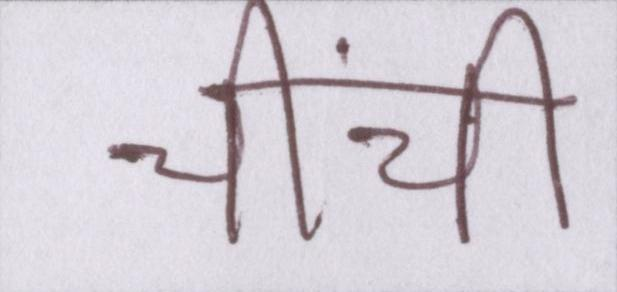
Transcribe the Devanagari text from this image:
चींची